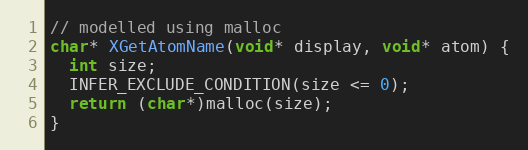
Language: C
// modelled using malloc
char* XGetAtomName(void* display, void* atom) {
  int size;
  INFER_EXCLUDE_CONDITION(size <= 0);
  return (char*)malloc(size);
}